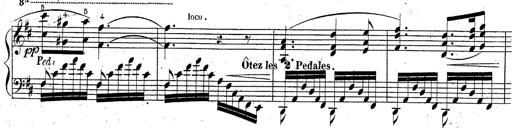
Title: Grande fantaisie sur la tyrolienne de l'opÃ©ra
Composer: Franz Liszt
Key: A major